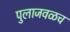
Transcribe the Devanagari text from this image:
पुलाजवळच